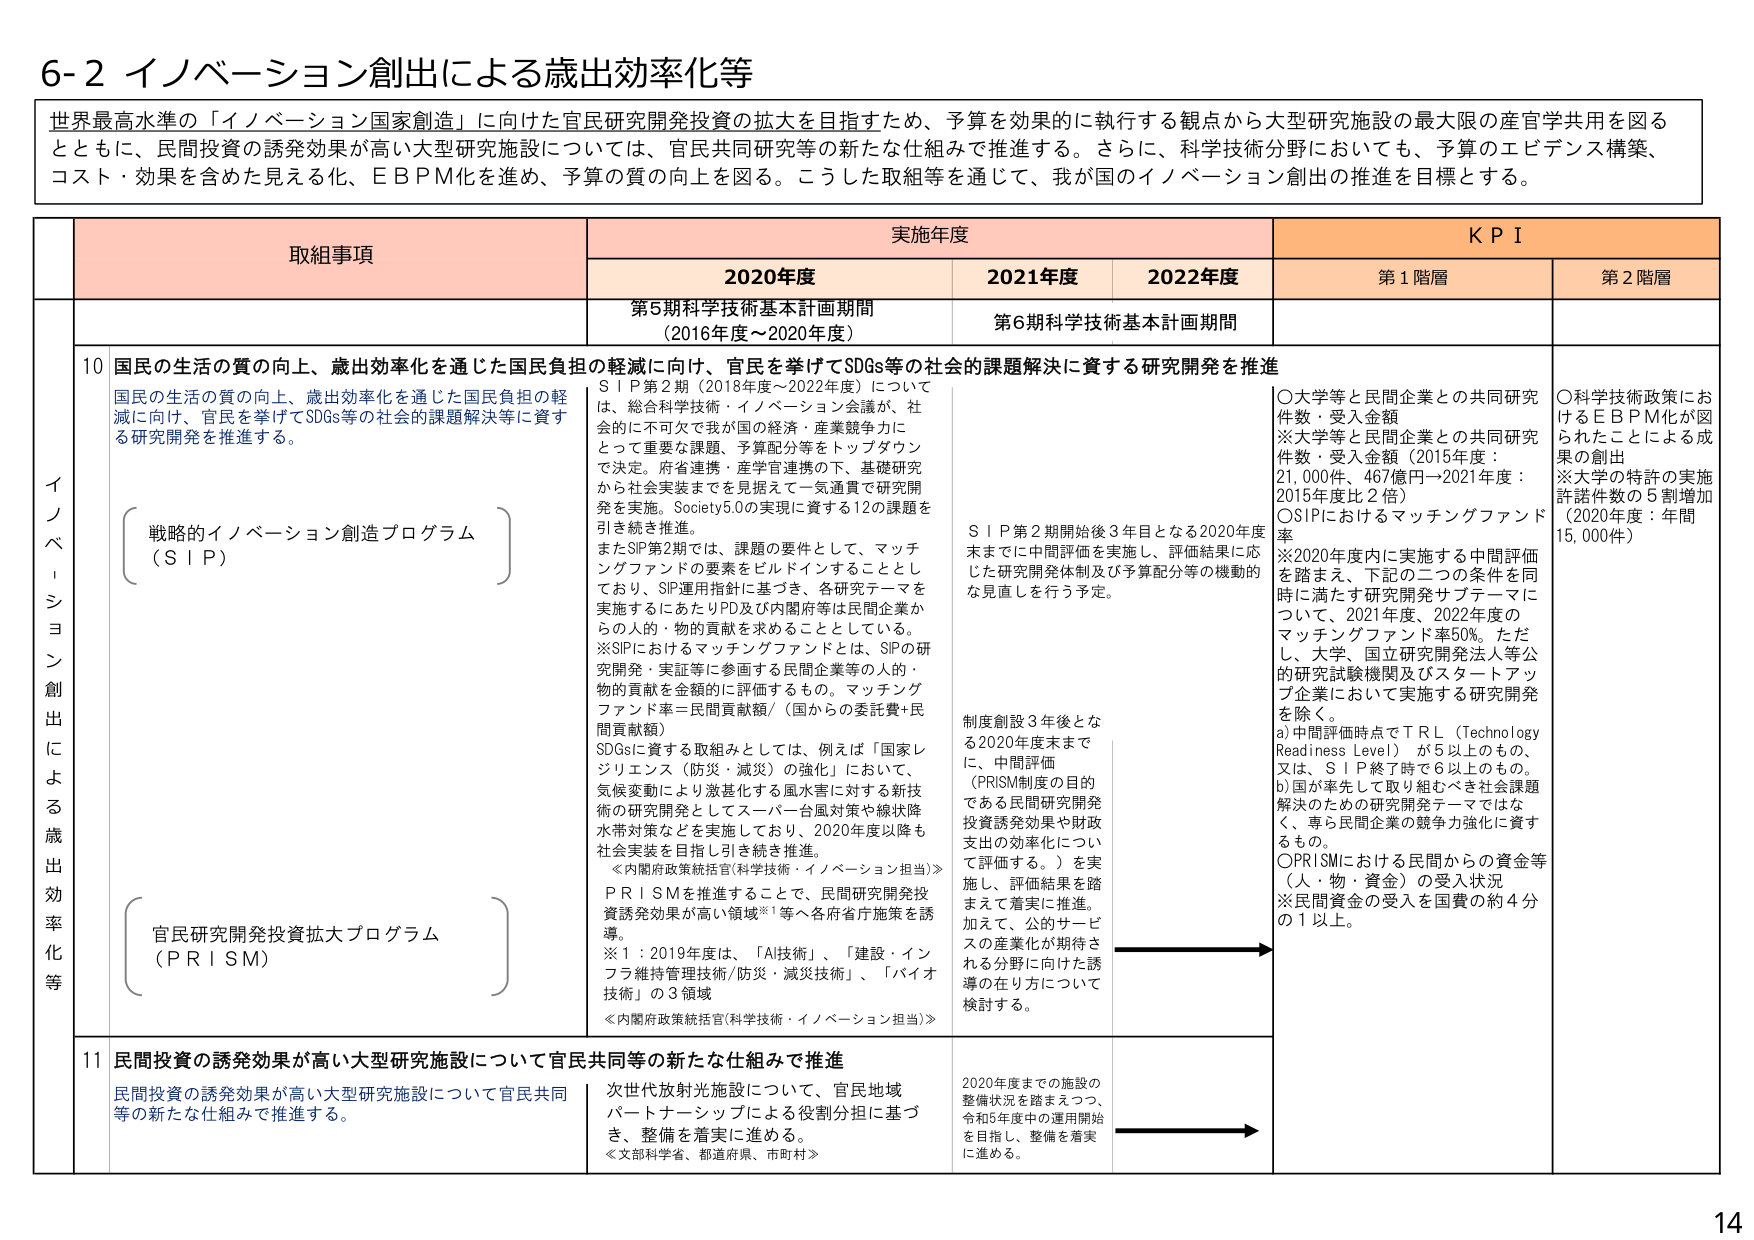
6-2 イノベーション創出による歳出効率化等

世界最高水準の「イノベーション国家創造」に向けた官民研究開発投資の拡大を目指すため、予算を効果的に執行する観点から大型研究施設の最大限の産官学共用を図るとともに、民間投資の誘発効果が高い大型研究施設については、官民共同研究等の新たな仕組みで推進する。さらに、科学技術分野においても、予算のエビデンス構築、コスト・効果を含めた見える化、EBPM化を進め、予算の質の向上を図る。こうした取組等を通じて、我が国のイノベーション創出の推進を目標とする。

取組事項 実施年度 KPI
2020年度 2021年度 2022年度 第1階層 第2階層

イノベーション創出による歳出効率化等

10 国民の生活の質の向上、歳出効率化を通じた国民負担の軽減に向け、官民を挙げてSDGs等の社会的課題解決に資する研究開発を推進
国民の生活の質の向上、歳出効率化を通じた国民負担の軽減に向け、官民を挙げてSDGs等の社会的課題解決等に資する研究開発を推進する。

（戦略的イノベーション創造プログラム（SIP））

SIP第2期（2018年度～2022年度）については、総合科学技術・イノベーション会議が、社会的に不可欠で我が国の経済・産業競争力にとって重要な課題・予算配分等をトップダウンで決定。府省連携・産学連携の下、基礎研究から社会実装までを見据えて一気通貫で研究開発を実施。Society5.0の実現に資する12の課題を引き続き推進。
またSIP第2期では、課題の要件として、マッチングファンドの要素をbildポイントすることとしており、SIP運用指針に基づき、各研究テーマを実施するにあたりPD及び内閣府等は民間企業からの人的・物的貢献を求めるものとしている。
※SIPにおけるマッチングファンドとは、SIPの研究開発・実証等に参画する民間企業等の人的・物的貢献を金額的に評価するもの。マッチングファンド率＝民間貢献額／（国からの委託費＋民間貢献額）
SDGsに資する取組みとしては、例えば「国家レジリエンス（防災・減災）の強化」において、気候変動により激甚化する風水害に対する新技術の研究開発としてスーパーハイ風対策や線状降水帯対策などを実施しており、2020年度以降も社会実装を目指し引き続き推進。
≪内閣府政策統括官(科学技術・イノベーション担当)≫

（官民研究開発投資拡大プログラム（PRISM））

PRISMを推進することで、民間研究開発投資誘発効果が高い領域※1等へ各府省庁施策を誘導。
※1：2019年度は、「AI技術」、「建設・インフラ維持管理技術/防災・減災技術」、「バイオ技術」の3領域
≪内閣府政策統括官(科学技術・イノベーション担当)≫

第5期科学技術基本計画期間（2016年度～2020年度） 第6期科学技術基本計画期間

SIP第2期開始後3年目となる2020年度末までに中間評価を実施し、評価結果に応じた研究開発体制及び予算配分等の機動的な見直しを行う予定。

制度創設3年後となる2020年度末までに、中間評価（PRISM制度の目的である民間研究開発投資誘発効果や財政支出の効率化について評価する。）を実施し、評価結果を踏まえて着実に推進。加えて、公的サービスの産業化が期待される分野に向けた誘導の在り方について検討する。

〇大学等と民間企業との共同研究件数・受入金額
※大学等と民間企業との共同研究件数・受入金額（2015年度：21,000件・467億円→2021年度：2015年度比2倍）
〇SIPにおけるマッチングファンド率
※2020年度内に実施する中間評価を踏まえ、下記の二つの条件を同時に満たす研究開発サブテーマについて、2021年度、2022年度のマッチングファンド率50%。ただし、大学、国立研究開発法人等公的研究試験機関及びスタートアップ企業において実施する研究開発を除く。
a)中間評価時点でTRL（Technology Readiness Level）が5以上のもの。
又は、SIP終了時で6以上もの。
b)国が率先して取り組むべき社会課題解決のための研究開発テーマではなく、専ら民間企業の競争力強化に資するもの。
〇PRISMにおける民間からの資金等（人・物・資金）の受入状況
※民間資金の受入を国費の約4分の1以上。

〇科学技術政策におけるEBPM化が図られたことによる成果の創出
※大学の特許の実施許諾件数の5割増加（2020年度：年間15,000件）

11 民間投資の誘発効果が高い大型研究施設について官民共同等の新たな仕組みで推進
民間投資の誘発効果が高い大型研究施設について官民共同等の新たな仕組みで推進する。

次世代放射光施設について、官民地域パートナーシップによる役割分担に基づき、整備を着実に進める。
≪文部科学省、都道府県、市町村≫

2020年度までの施設の整備状況を踏まえつつ、令和5年度中の運用開始を目指し、整備を着実に進める。

14